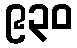
၉၃၀